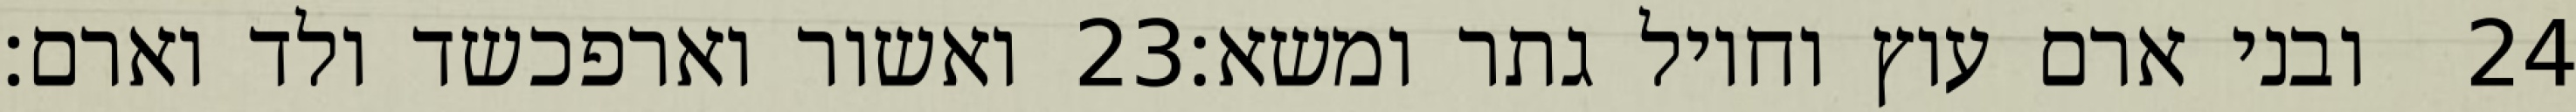
ואשור וארפכשד ולד וארם׃ ‎23‏ ובני ארם עוץ וחויל גתר ומשא׃ ‎24‏